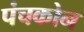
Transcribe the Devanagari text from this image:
पंचकोन